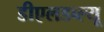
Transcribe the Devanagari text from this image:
डीएलडब्ल्यू